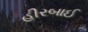
હીરબાઈ